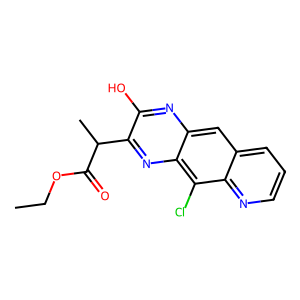
SMILES: CCOC(=O)C(C)c1nc2c(Cl)c3ncccc3cc2nc1O
Inhibits HIV replication: No